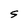
Character: S